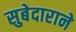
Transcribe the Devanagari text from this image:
सुबेदाराने